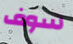
سوف